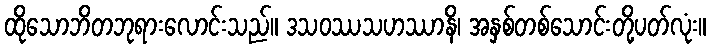
ထိုသောဘိတဘုရားလောင်းသည်။ ဒသဝဿသဟဿာနိ၊ အနှစ်တစ်သောင်းတို့ပတ်လုံး။